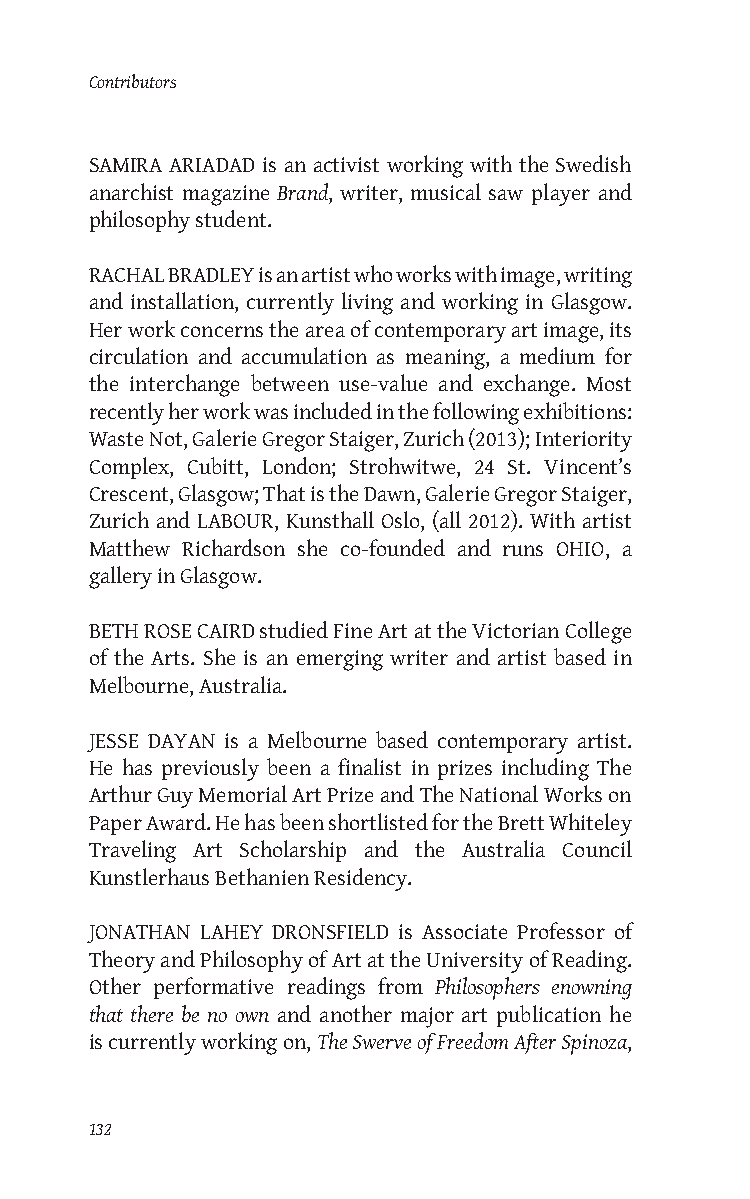
Contributors
 SAMIRA ARIADAD is an activist working with the Swedish
 anarchist magazine Brand, writer, musical saw player and
 philosophy student.
 RACHAL BRADLEY is an artist who works with image, writing
 and installation, currently living and working in Glasgow.
 Her work concerns the area of contemporary art image, its
 circulation and accumulation as meaning, a medium for
 the interchange between use-value and exchange. Most
 recently her work was included in the following exhibitions:
 Waste Not, Galerie Gregor Staiger, Zurich (2013); Interiority
 Complex, Cubitt, London; Strohwitwe, 24 St. Vincent’s
 Crescent, Glasgow; That is the Dawn, Galerie Gregor Staiger,
 Zurich and LABOUR, Kunsthall Oslo, (all 2012). With artist
 Matthew Richardson she co-founded and runs OHIO, a
 gallery in Glasgow.
 BETH ROSE CAIRD studied Fine Art at the Victorian College
 of the Arts. She is an emerging writer and artist based in
 Melbourne, Australia.
 JESSE DAYAN is a Melbourne based contemporary artist.
 He has previously been a finalist in prizes including The
 Arthur Guy Memorial Art Prize and The National Works on
 Paper Award. He has been shortlisted for the Brett Whiteley
 Traveling Art Scholarship and the Australia Council
 Kunstlerhaus Bethanien Residency.
 JONATHAN LAHEY DRONSFIELD is Associate Professor of
 Theory and Philosophy of Art at the University of Reading.
 Other performative readings from Philosophers enowning
 that there be no own and another major art publication he
 is currently working on, The Swerve of Freedom After Spinoza,
 132